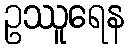
ဥဿူရေန